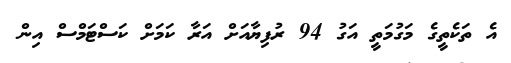
އެ ތަކެތީގެ މަގުމަތީ އަގު 94 ރުފިޔާއަށް އަރާ ކަަމަށް ކަސްޓަމްސް އިން